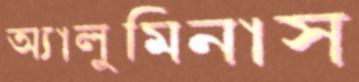
অ্যালুমিনাস